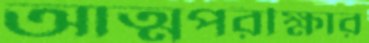
আত্মপরীক্ষার